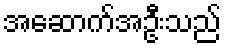
အဆောက်အဦးသည်